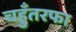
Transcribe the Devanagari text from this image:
चहुँतरफा